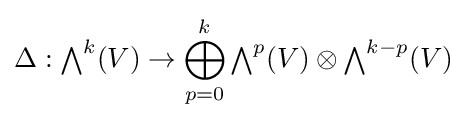
\Delta :{\textstyle \bigwedge }^{k}(V)\to \bigoplus _{p=0}^{k}{\textstyle \bigwedge }^{p}(V)\otimes {\textstyle \bigwedge }^{k-p}(V)